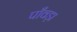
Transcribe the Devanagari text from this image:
पाँवड़ा